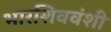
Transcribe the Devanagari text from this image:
भारशिववंशी